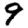
Digit: 9